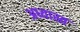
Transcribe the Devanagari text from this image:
अध्यास्त